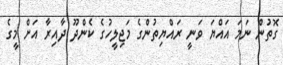
ގޮތުން ނަމަ އައްޔަ ވަނީ ރައްޔިތުންގެ މަޖިލީހުގެ ކެންދޫ ދާއިރާ އަށް މީގެ